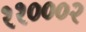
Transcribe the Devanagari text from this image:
११०००२